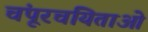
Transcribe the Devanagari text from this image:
चंपूरचयिताओं